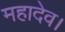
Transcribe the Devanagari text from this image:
महादेव।